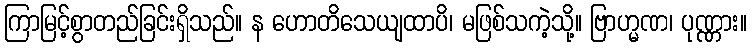
ကြာမြင့်စွာတည်ခြင်းရှိသည်။ န ဟောတိသေယျထာပိ၊ မဖြစ်သကဲ့သို့။ ဗြာဟ္မဏ၊ ပုဏ္ဏား။